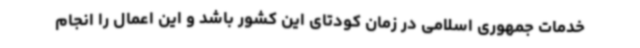
خدمات جمهوری اسلامی در زمان کودتای این کشور باشد و این اعمال را انجام